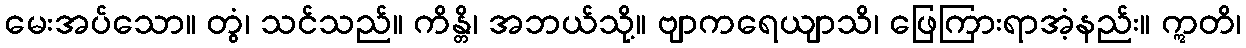
မေးအပ်သော။ တွံ၊ သင်သည်။ ကိန္တိ၊ အဘယ်သို့။ ဗျာကရေယျာသိ၊ ဖြေကြားရာအံ့နည်း။ ဣတိ၊